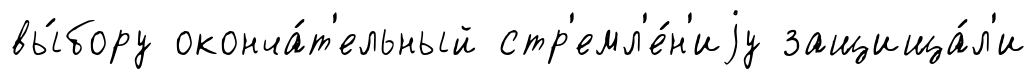
вы́бору оконча́т'ельный стр'емл'е́н'иjу защища́л'и